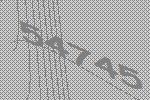
54745